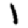
Digit: 1